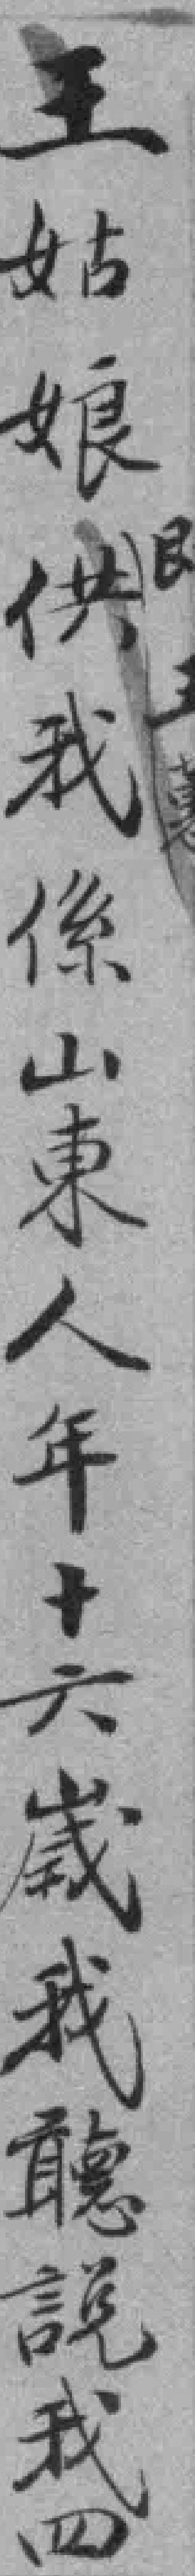
王姑娘供我係山東人年十六歲我聼說我四